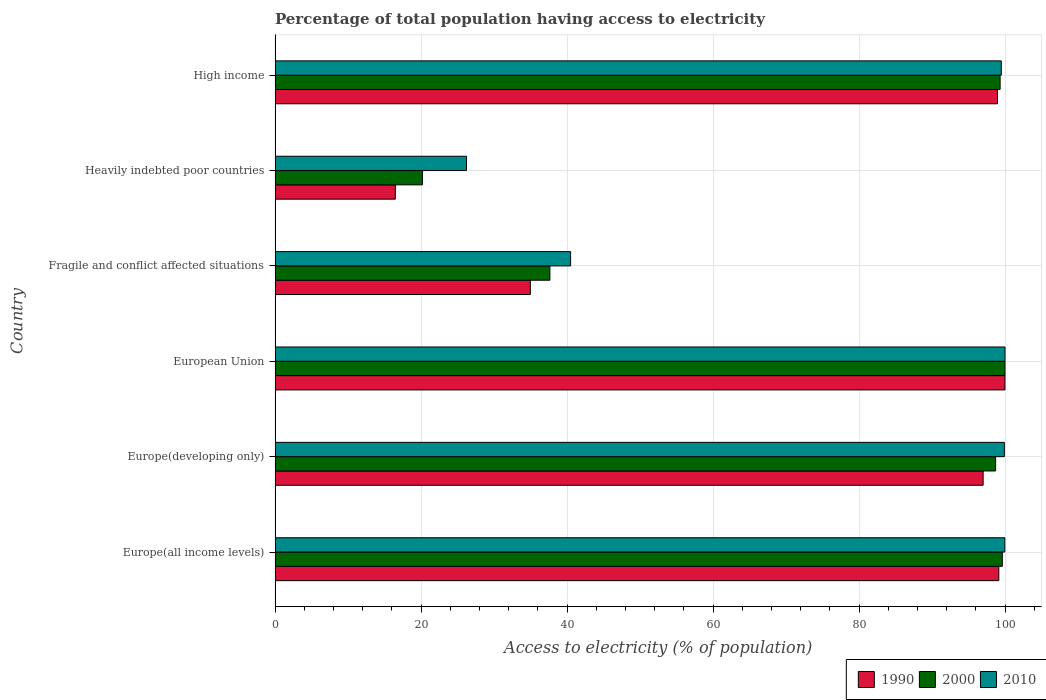
| Country | 1990 | 2000 | 2010 |
 | --- | --- | --- | --- |
 | Europe(all income levels) | 99.2 | 99.6 | 100 |
 | Europe(developing only) | 97 | 98.7 | 99.9 |
 | European Union | 100 | 100 | 100 |
 | Fragile and conflict affected situations | 35 | 37.6 | 40.5 |
 | Heavily indebted poor countries | 16.5 | 20.2 | 26.2 |
 | High income | 99 | 99.3 | 99.5 |